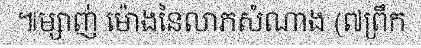
៕ម្សាញ់ ម៉ោងនៃលាភសំណាង (៧ព្រឹក